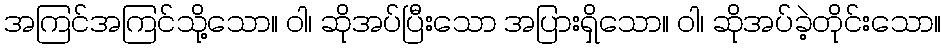
အကြင်အကြင်သို့သော။ ဝါ၊ ဆိုအပ်ပြီးသော အပြားရှိသော။ ဝါ၊ ဆိုအပ်ခဲ့တိုင်းသော။